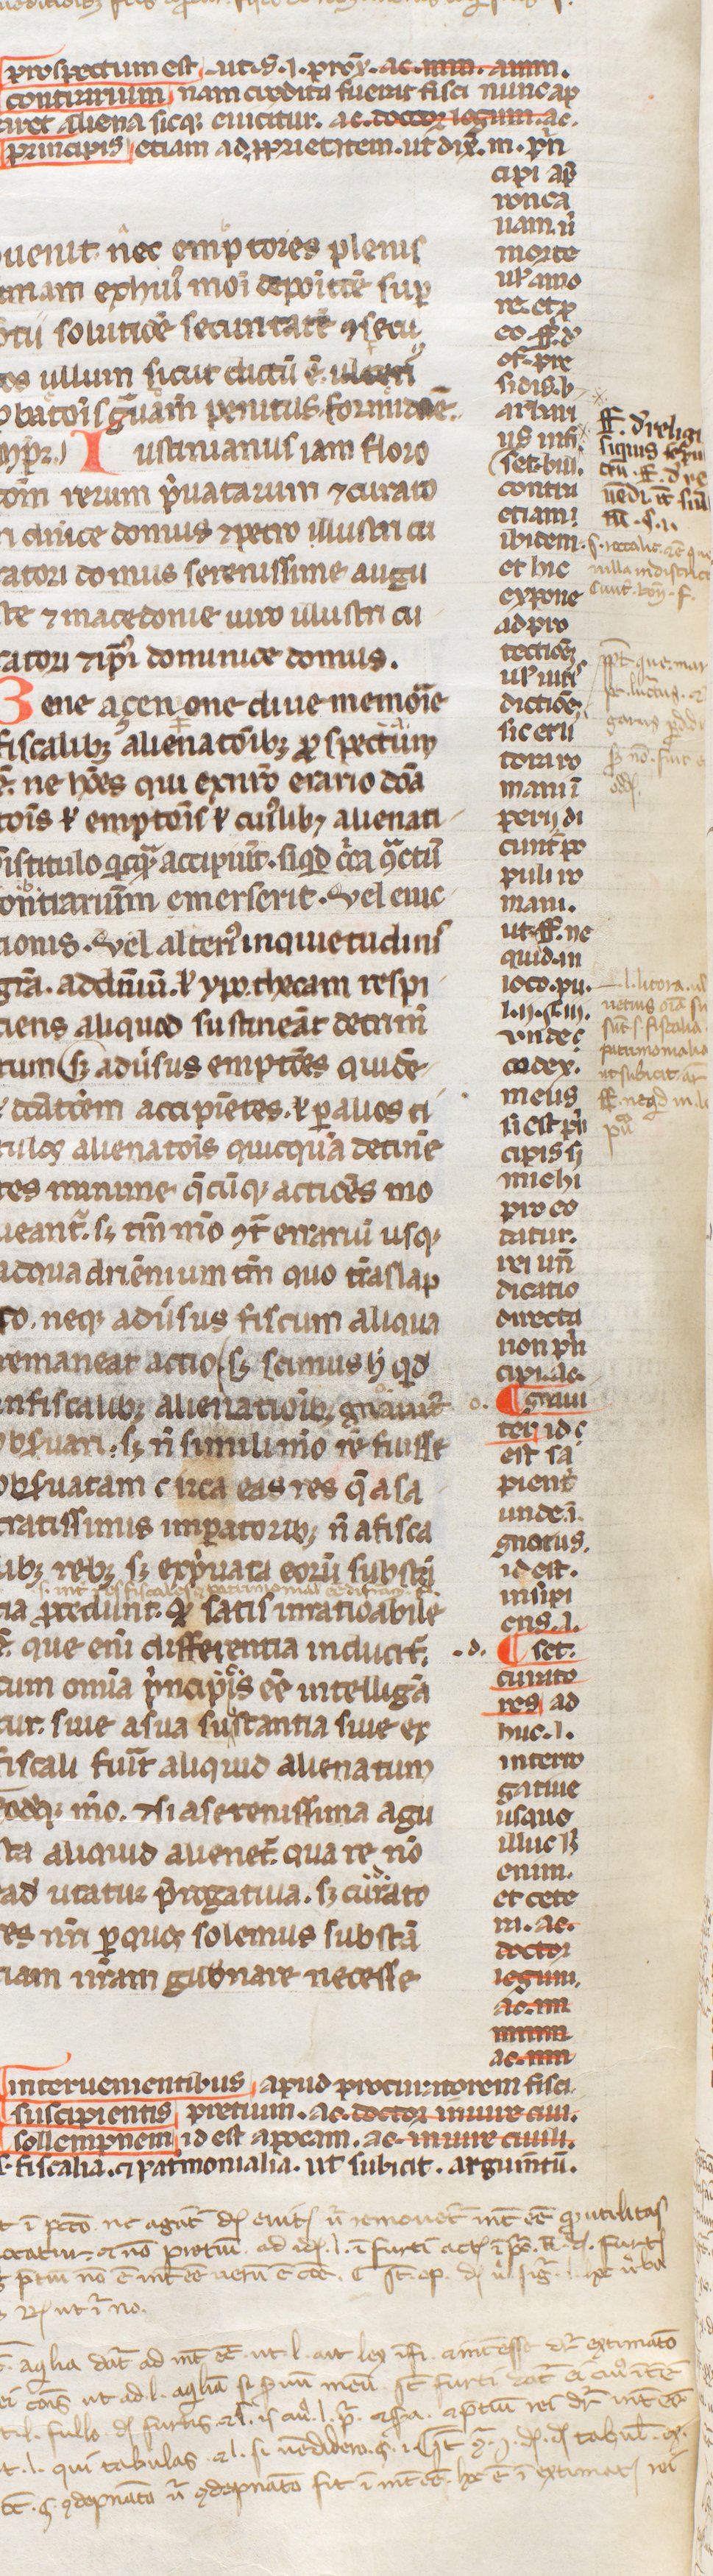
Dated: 1250–1399